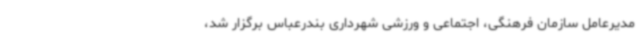
مدیرعامل سازمان فرهنگی، اجتماعی و ورزشی شهرداری بندرعباس برگزار شد،